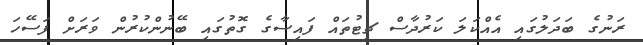
ރަނުގެ ބަދަލުގައި އެއްކަލަ ކަރުދާސް ޗިޓުތައް ފައިސާގެ ގޮތުގައި ބޭނުންކުރުން ވަރަށް ފަސޭހަ